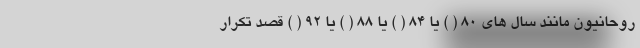
روحانیون مانند سال های 80 ( ) یا 84 ( ) یا 88 ( ) یا 92 ( ) قصد تکرار